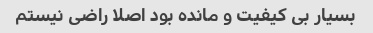
بسیار بی کیفیت و مانده بود اصلا راضی نیستم